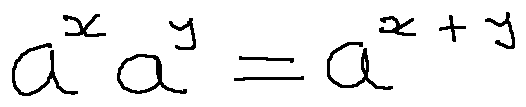
a ^ { x } a ^ { y } = a ^ { x + y }